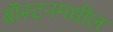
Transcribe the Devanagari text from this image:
बॉस्टनमधील